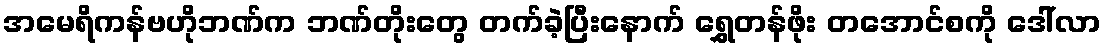
အမေရိကန်ဗဟိုဘဏ်က ဘဏ်တိုးတွေ တက်ခဲ့ပြီးနောက် ရွှေတန်ဖိုး တအောင်စကို ဒေါ်လာ